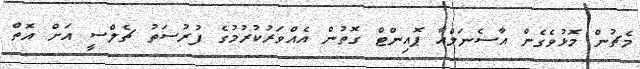
މެޗުން މޮޅުވެގެން އާސެނަލްއާ ޕޮއިންޓް ގޮތުން އެއްވަރުކުރުމުގެ ފުރުސަތު ޗެލްސީ އަށް އޮތް